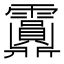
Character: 𩇂